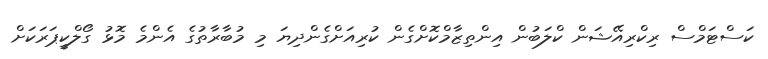
ކަސްޓަމްސް ރިކްރިއޭޝަން ކްލަބުން އިންތިޒާމްކޮށްގެން ކުރިއަށްގެންދިޔަ މި މުބާރާތުގެ އެންމެ މޮޅު ގޯލްކީޕަރަކަށް